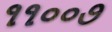
૧૧૦૦૭